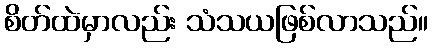
စိတ်ထဲမှာလည်း သံသယဖြစ်လာသည်။